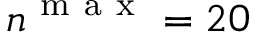
n ^ { \mathrm { ~ m ~ a ~ x ~ } } = 2 0